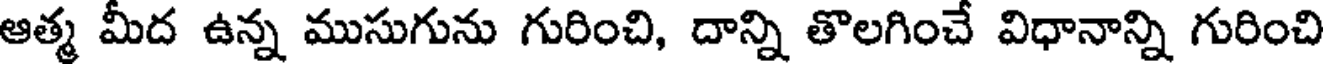
ఆత్మ మీద ఉన్న ముసుగును గురించి, దాన్ని తొలగించే విధానాన్ని గురించి